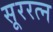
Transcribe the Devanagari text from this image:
सूररत्‍न